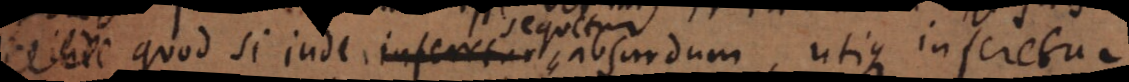
inde quod si inde inferetur absurdum, utique infe